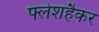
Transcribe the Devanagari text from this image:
फ्लेशहैकर